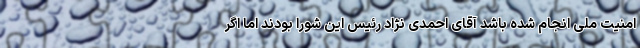
امنیت ملی انجام شده باشد آقای احمدی نژاد رئیس این شورا بودند اما اگر